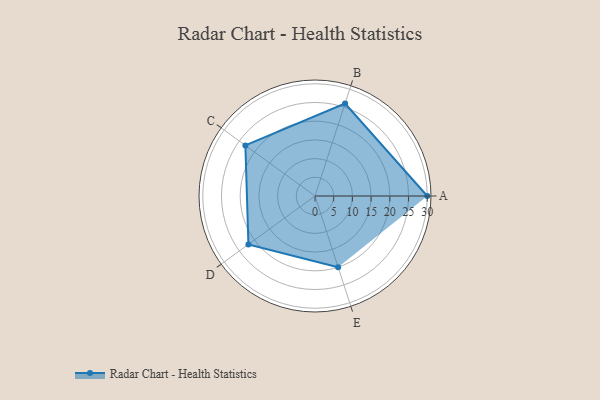
{"axis": {"x": "Skill", "y": "Score"}, "legend": ["Profile"], "data": [{"x": "A", "y": 30.0, "type": "Profile"}, {"x": "B", "y": 26.0, "type": "Profile"}, {"x": "C", "y": 23.0, "type": "Profile"}, {"x": "D", "y": 22.0, "type": "Profile"}, {"x": "E", "y": 20, "type": "Profile"}]}